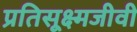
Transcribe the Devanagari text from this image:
प्रतिसूक्ष्मजीवी